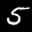
Label: 5